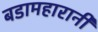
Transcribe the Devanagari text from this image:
बडामहारानी